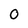
Character: 0